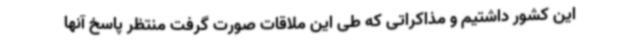
این کشور داشتیم و مذاکراتی که طی این ملاقات صورت گرفت منتظر پاسخ آنها